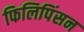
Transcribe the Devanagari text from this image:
फिलिपिंसन